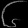
Digit: ၆